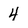
Character: 4